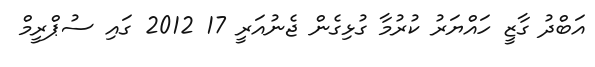
އަބްދު ގާޒީ ހައްޔަރު ކުރުމާ ގުޅިގެން ޖެނުއަރީ 17 2012 ގައި ސުޕްރީމް